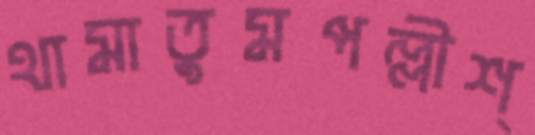
থামাতুমপল্লীশ্